Report of the Indian Hemp Drugs Commission, 1894-1895 - Volume I
Year: 1894
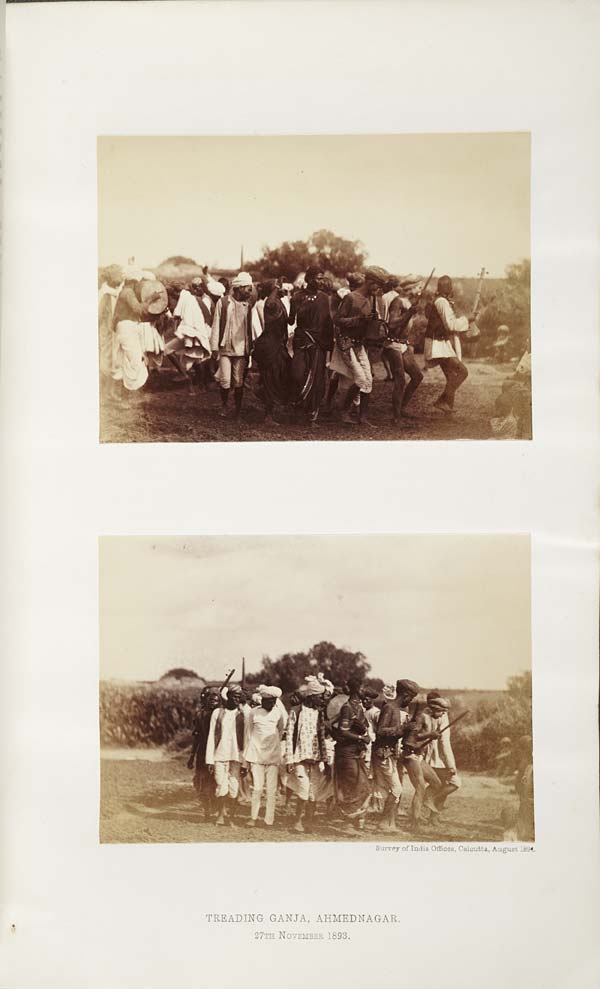
Survey of India Offices, Calcutta, August 1894.
TREADING GANJA, AHMEDNAGAR.
27TH NOVEMBER 1893.